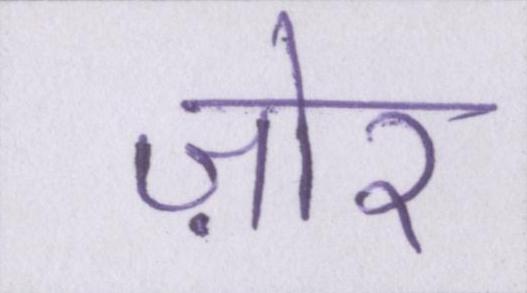
ज़ोर